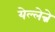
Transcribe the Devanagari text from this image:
येल्लेन्ने